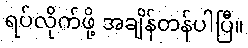
ရပ်လိုက်ဖို့ အချိန်တန်ပါပြီ။